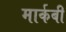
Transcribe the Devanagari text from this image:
मार्कबी